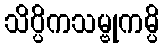
သိပ္ပိကသမ္ဗုကမ္ပိ